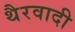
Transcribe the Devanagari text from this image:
थैरवादी